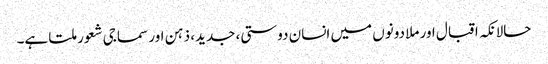
حالانکہ اقبال اور ملا دونوں میں انسان دوستی، جدید، ذہن اور سماجی شعور ملتا ہے۔